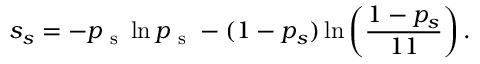
s _ { s } = - p _ { \mathrm { ~ s ~ } } \ln p _ { \mathrm { ~ s ~ } } - ( 1 - p _ { s } ) \ln \left( \frac { 1 - p _ { s } } { 1 1 } \right) .